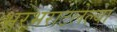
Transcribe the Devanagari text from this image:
भरभराटलेल्या